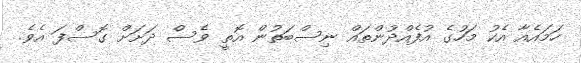
ހަމައެއާ އެކު މަހުގެ އުފެއްދުންތައް ނިސްބަތުން އޮތީ ވެސް ދަށަށް ގޮސްފަ އެވެ.